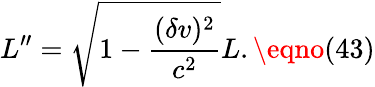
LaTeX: L^{\prime\prime}=\sqrt{1-\frac{(\delta v)^{2}}{c^{2}}}L.\eqno(43)